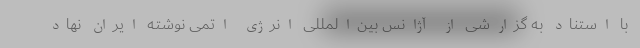
با استناد به گزارشی از آژانس بین‌المللی انرژی اتمی نوشته ایران نهاد